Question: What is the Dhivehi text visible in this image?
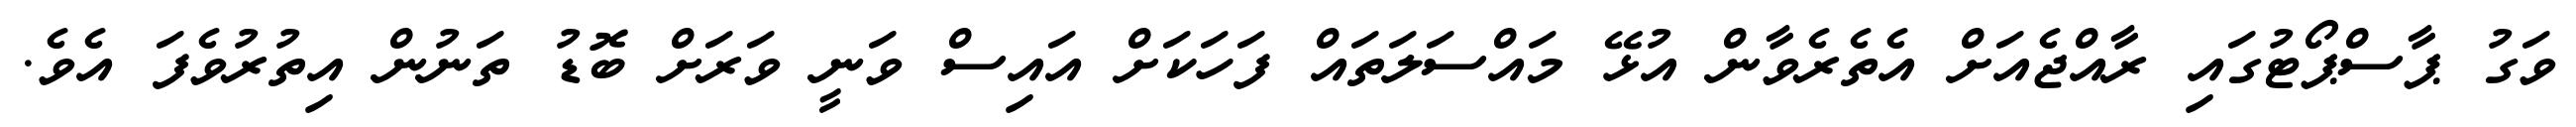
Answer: ވަގު ޕާސްޕޯޓުގައި ރާއްޖެއަށް އެތެރެވާން އުޅޭ މައްސަލަތައް ފަހަކަށް އައިސް ވަނީ ވަރަށް ބޮޑު ތަނުން އިތުރުވެފަ އެވެ.